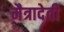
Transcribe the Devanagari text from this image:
मैत्रादेवी